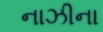
નાઝીના